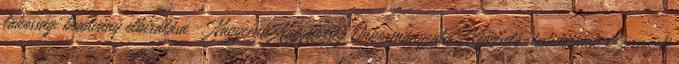
lakossági beadvány elbírálása - Nagycenk Nagyközség Önkormányzata Képviselő-testületének Szervezeti